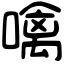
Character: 噙